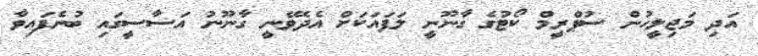
އަދި މަޖިލީހުން ސުޕްރީމް ކޯޓުގެ ގާނޫނީ ލަފައަކަށް އެދެވޭނީ ގާނޫނު އަސާސީގައި ބުނެފައިވާ